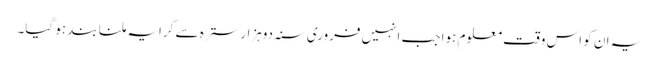
یہ ان کو اس وقت معلوم ہوا جب انہیں فروری سنہ دوہزار سترہ سے کرایہ ملنا بند ہو گیا۔